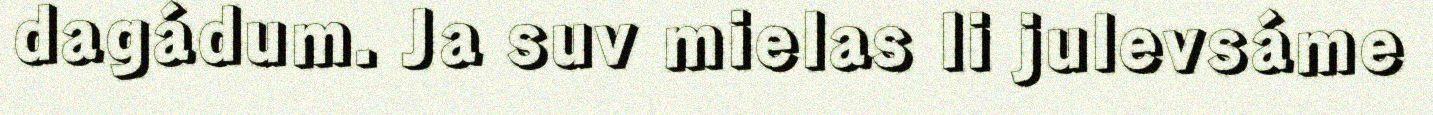
dagádum. Ja suv mielas li julevsáme